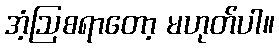
အံ့ဩစရာတော့ မဟုတ်ပါ။